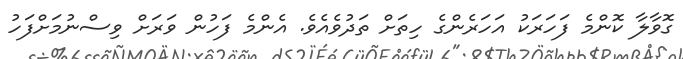
ގޮވާލާ ކޮންމެ ފަހަރަކު އަހަރެންގެ ހިތަށް ތަދުވެއެވެ. އެންމެ ފަހުން ވަރަށް ވިސްނުމަށްފަހު